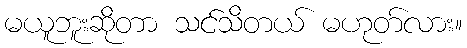
မယူဘူးဆိုတာ သင်သိတယ် မဟုတ်လား။